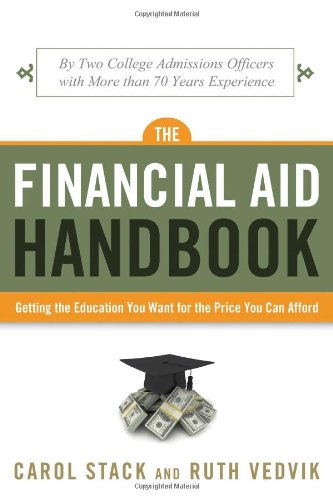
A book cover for The Financial Aid Handbook: Getting the Education You Want for the Price You Can Afford; Carol Stack; Education & Teaching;